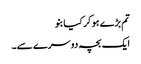
تم بڑے ہو کر کیا بنو
ایک بچہ دوسرے سے۔